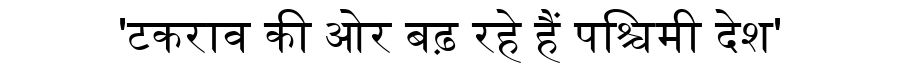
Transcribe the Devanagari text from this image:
'टकराव की ओर बढ़ रहे हैं पश्चिमी देश'